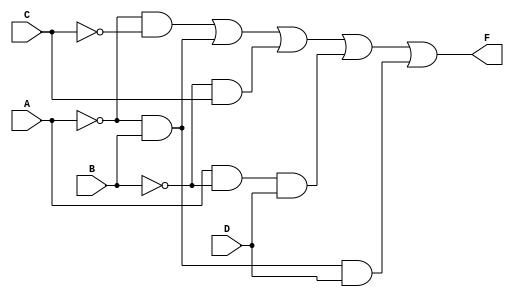
module comb_logic_block (
    input wire A,  // Input variable A
    input wire B,  // Input variable B
    input wire C,  // Input variable C
    input wire D,  // Input variable D
    output wire F  // Output variable F
);

// Implementing the logic expression derived from the K-map
assign F = (~A & ~C) | (~A & B) | (~B & C) | (A & ~B & D) | (~A & B & D);

endmodule